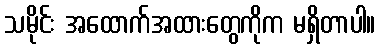
သမိုင်း အထောက်အထားတွေကိုက မရှိတာပါ။